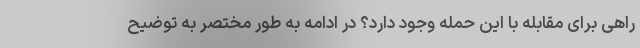
راهی برای مقابله با این حمله وجود دارد؟ در ادامه به طور مختصر به توضیح